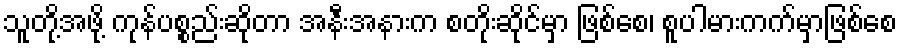
သူတို့အဖို့ ကုန်ပစ္စည်းဆိုတာ အနီးအနားက စတိုးဆိုင်မှာ ဖြစ်စေ၊ စူပါမားကက်မှာဖြစ်စေ